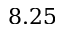
8 . 2 5